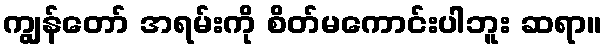
ကျွန်တော် အရမ်းကို စိတ်မကောင်းပါဘူး ဆရာ။